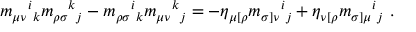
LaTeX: m _ { \mu \nu } { } ^ { i } { } _ { k } m _ { \rho \sigma } { } ^ { k } { } _ { j } - m _ { \rho \sigma } { } ^ { i } { } _ { k } m _ { \mu \nu } { } ^ { k } { } _ { j } = - \eta _ { \mu [ \rho } m _ { \sigma ] \nu } { } ^ { i } { } _ { j } + \eta _ { \nu [ \rho } m _ { \sigma ] \mu } { } ^ { i } { } _ { j } \ .